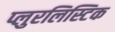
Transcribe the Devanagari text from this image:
प्लुरलिस्टिक